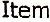
ITEM